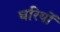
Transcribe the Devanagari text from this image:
घरियों